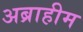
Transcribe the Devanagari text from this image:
अब्राहीम